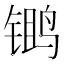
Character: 𫛾